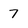
Character: 7